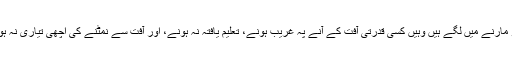
جہاں ایک طرف پاکستان کے لوگ ایک دوسرے کو مارنے میں لگے ہیں وہیں کسی قدرتی آفت کے آنے پہ غریب ہونے، تعلیم یافتہ نہ ہونے، اور آفت سے نمٹنے کی اچھی تیاری نہ ہونے کی سزا بھی ان لوگوں کو خوب خوب ملتی ہے۔